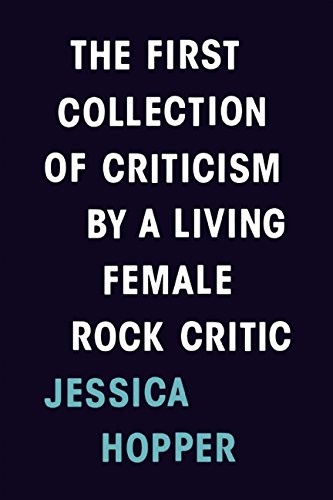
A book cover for The First Collection of Criticism by a Living Female Rock Critic; Jessica Hopper; Humor & Entertainment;